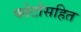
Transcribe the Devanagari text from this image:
फोटोसहित